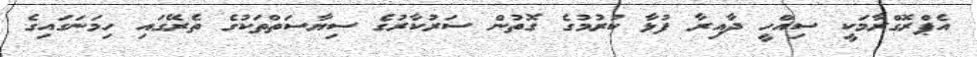
އެޕްރޮގްރާމަކީ ސިއްހީ ދާއިރާ ފުޅާ ކުރުމުގެ ގޮތުން ސަރުކާރުގެ ސިޔާސަތްތަކުގެ ތެރޭގައި ހިމަނަގައިގެ